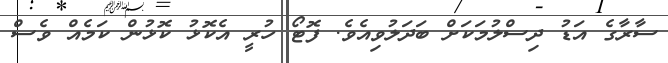
ސާރާގެ އަޑު ދިސްލުމަކަށް ބަދަލުވިއެވެ. ފޮޓޯ ހުރީ އެކޮޅު ކޮޅުން ކަމެއް ވެސް